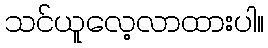
သင်ယူလေ့လာထားပါ။